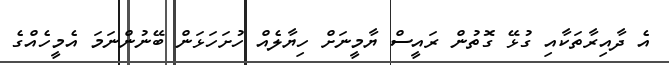
އެ ދާއިރާތަކާއި ގުޅޭ ގޮތުން ރައީސް ޔާމީނަށް ހިޔާލެއް ހުށަހަޅަން ބޭނުންނަމަ އެމީހެއްގެ